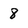
Character: 8